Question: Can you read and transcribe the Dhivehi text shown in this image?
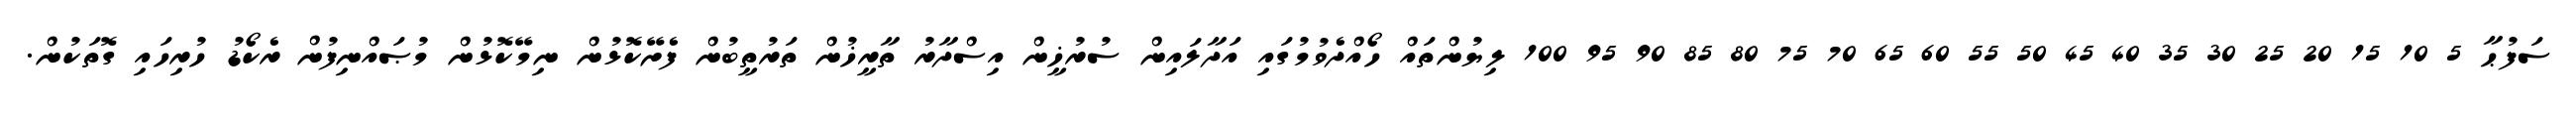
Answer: ސަފުޙާ 5 10 15 20 25 30 35 40 45 50 55 60 65 70 75 80 85 90 95 100 ލިޔުންތައް ހޯއްދެވުމުގައި އަދާލައިން ސުރުޚީން އިސްދާރު ތާރީޚުން ތަރުތީބުން ފެށޭކޮޅުން ނިމޭކޮޅުން މުޞައްނިފުން ރެކޯޑު ހުރިހައި ގޮތަކުން.